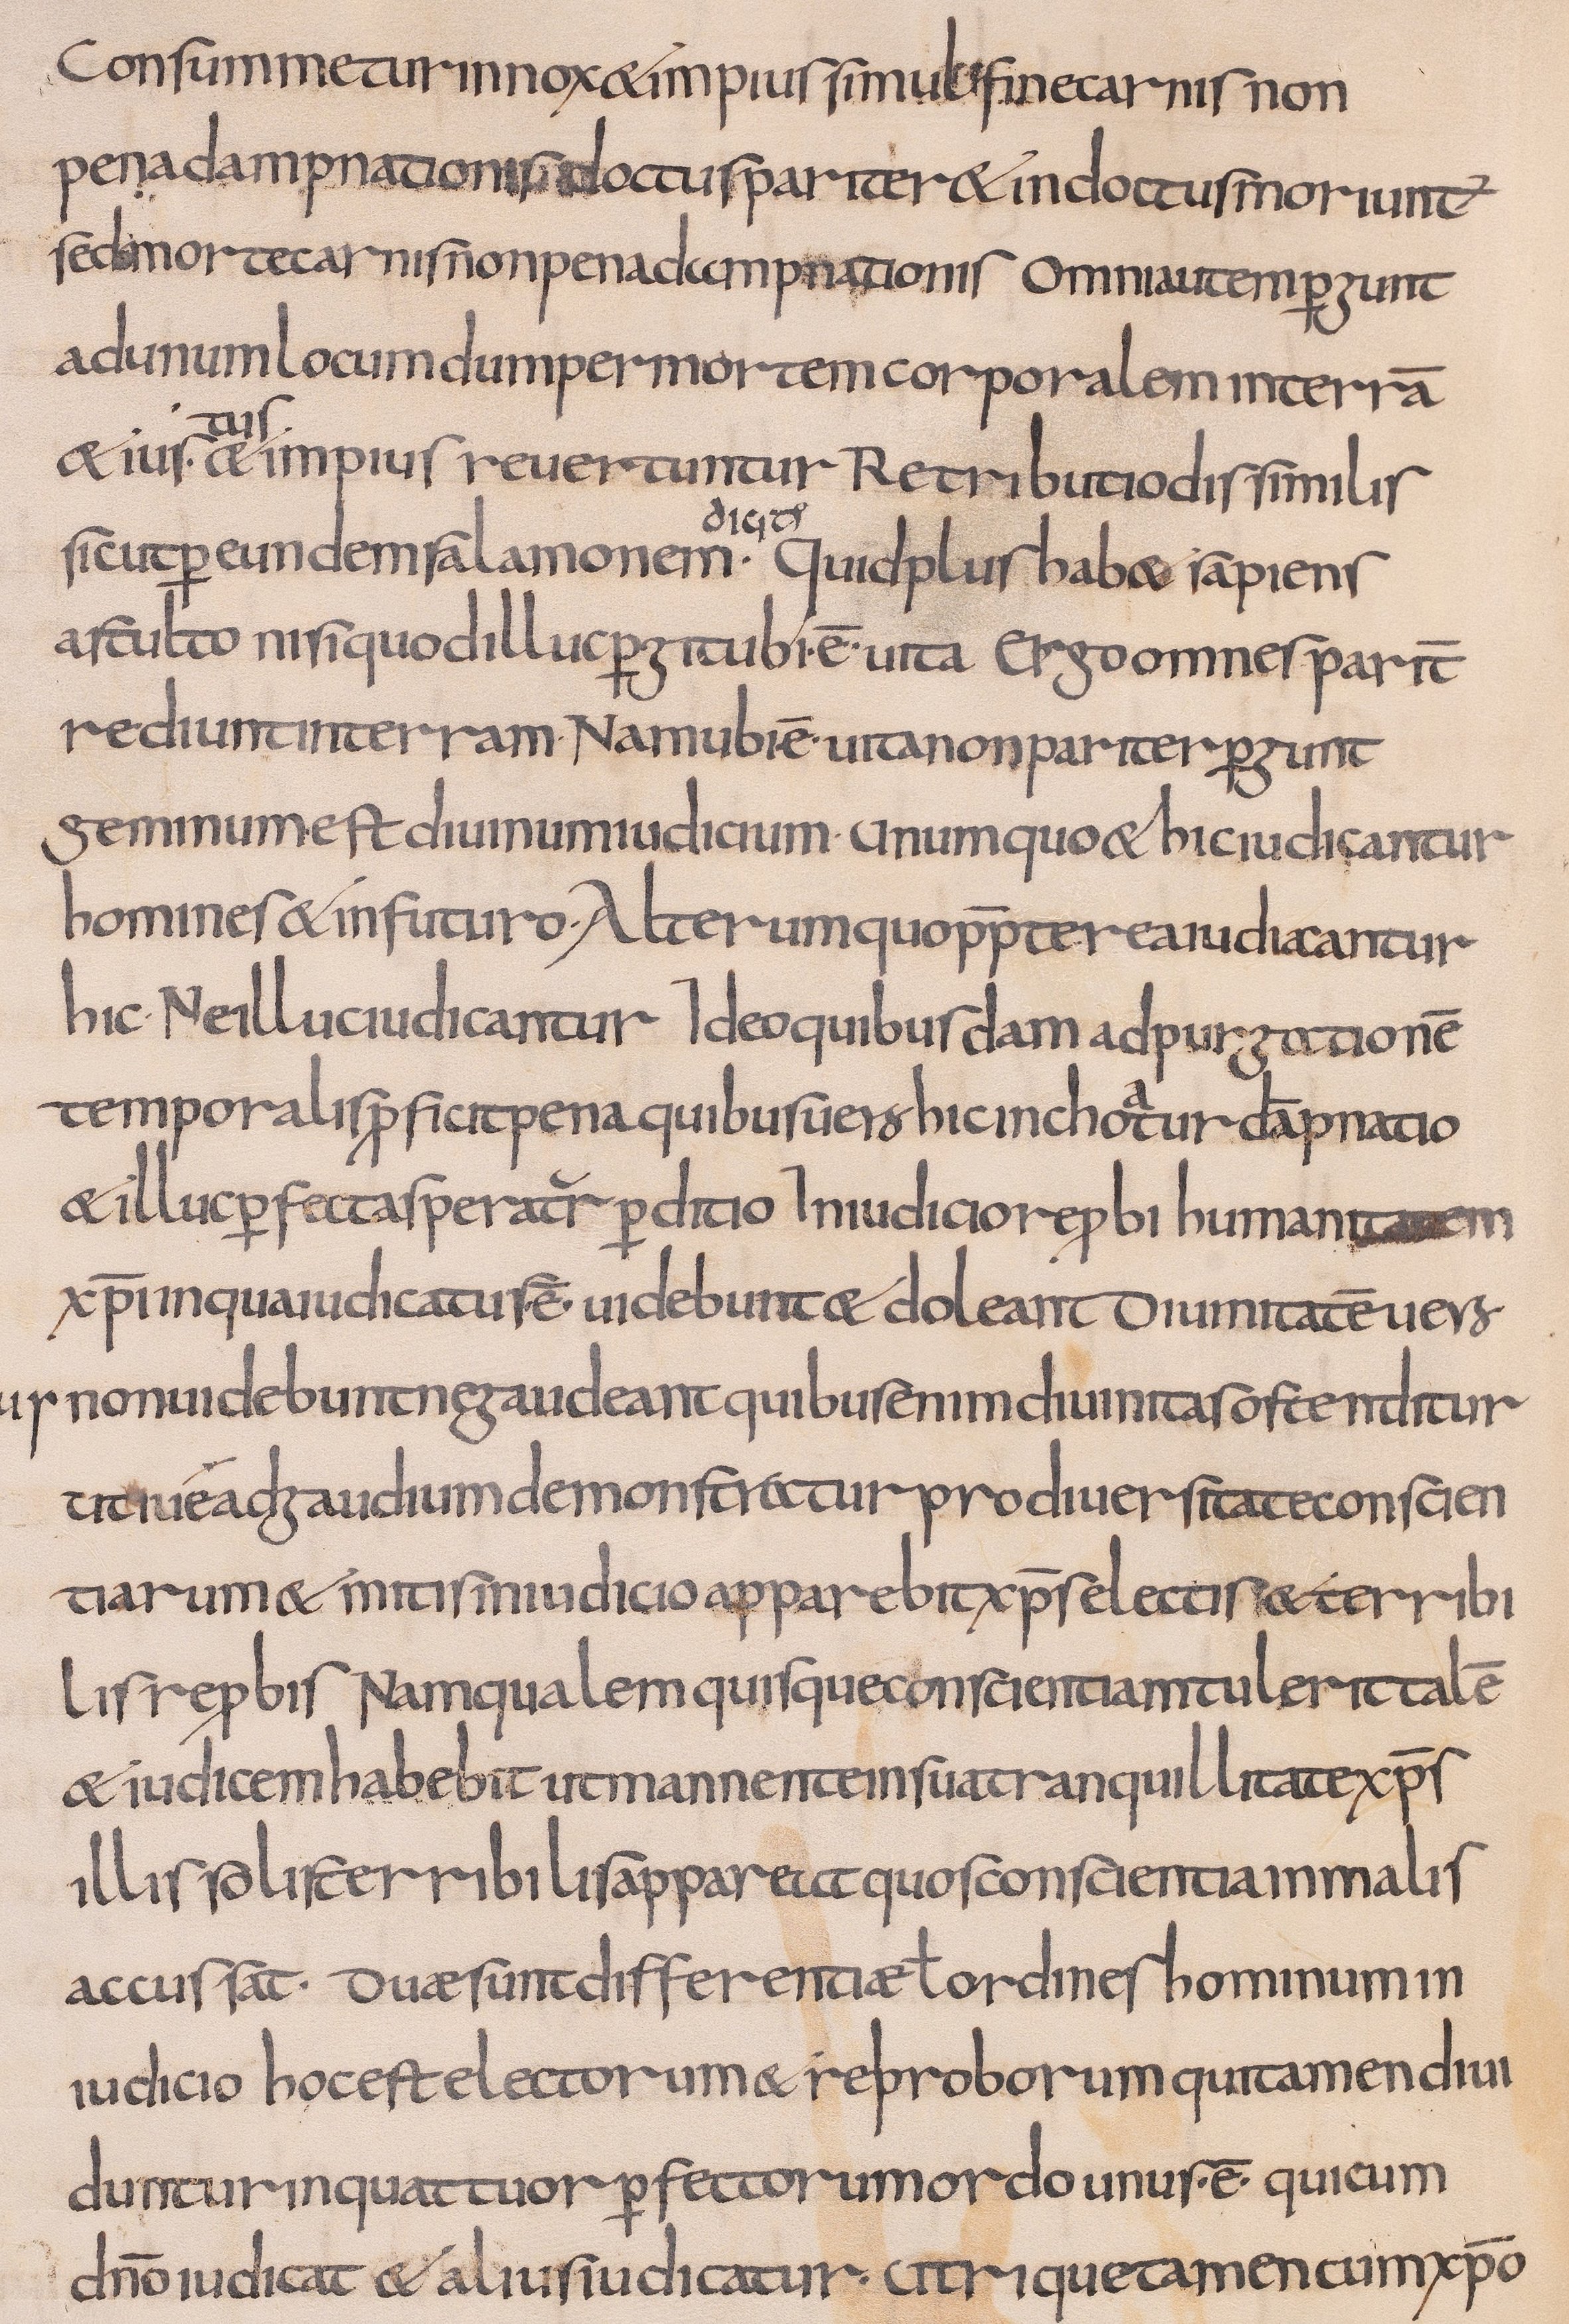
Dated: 800–832